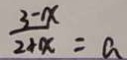
\frac { 3 - x } { 2 + x } = a